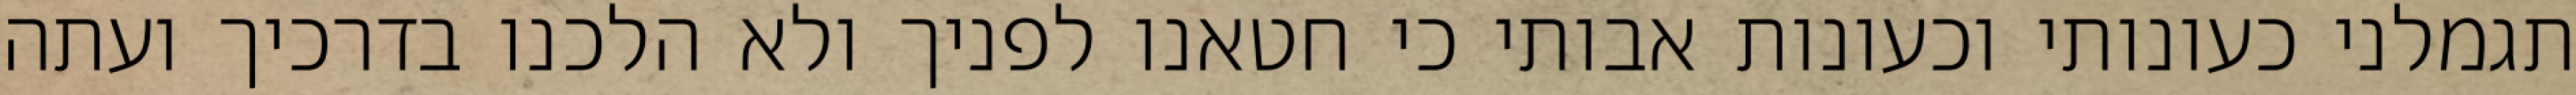
תגמלני כעונותי וכעונות אבותי כי חטאנו לפניך ולא הלכנו בדרכיך ועתה